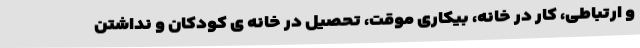
و ارتباطی، کار در خانه، بیکاری موقت، تحصیل در خانه ی کودکان و نداشتن